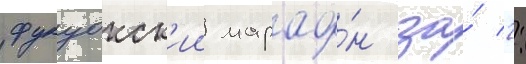
фукуокск'ии марафо́н за́ 2: